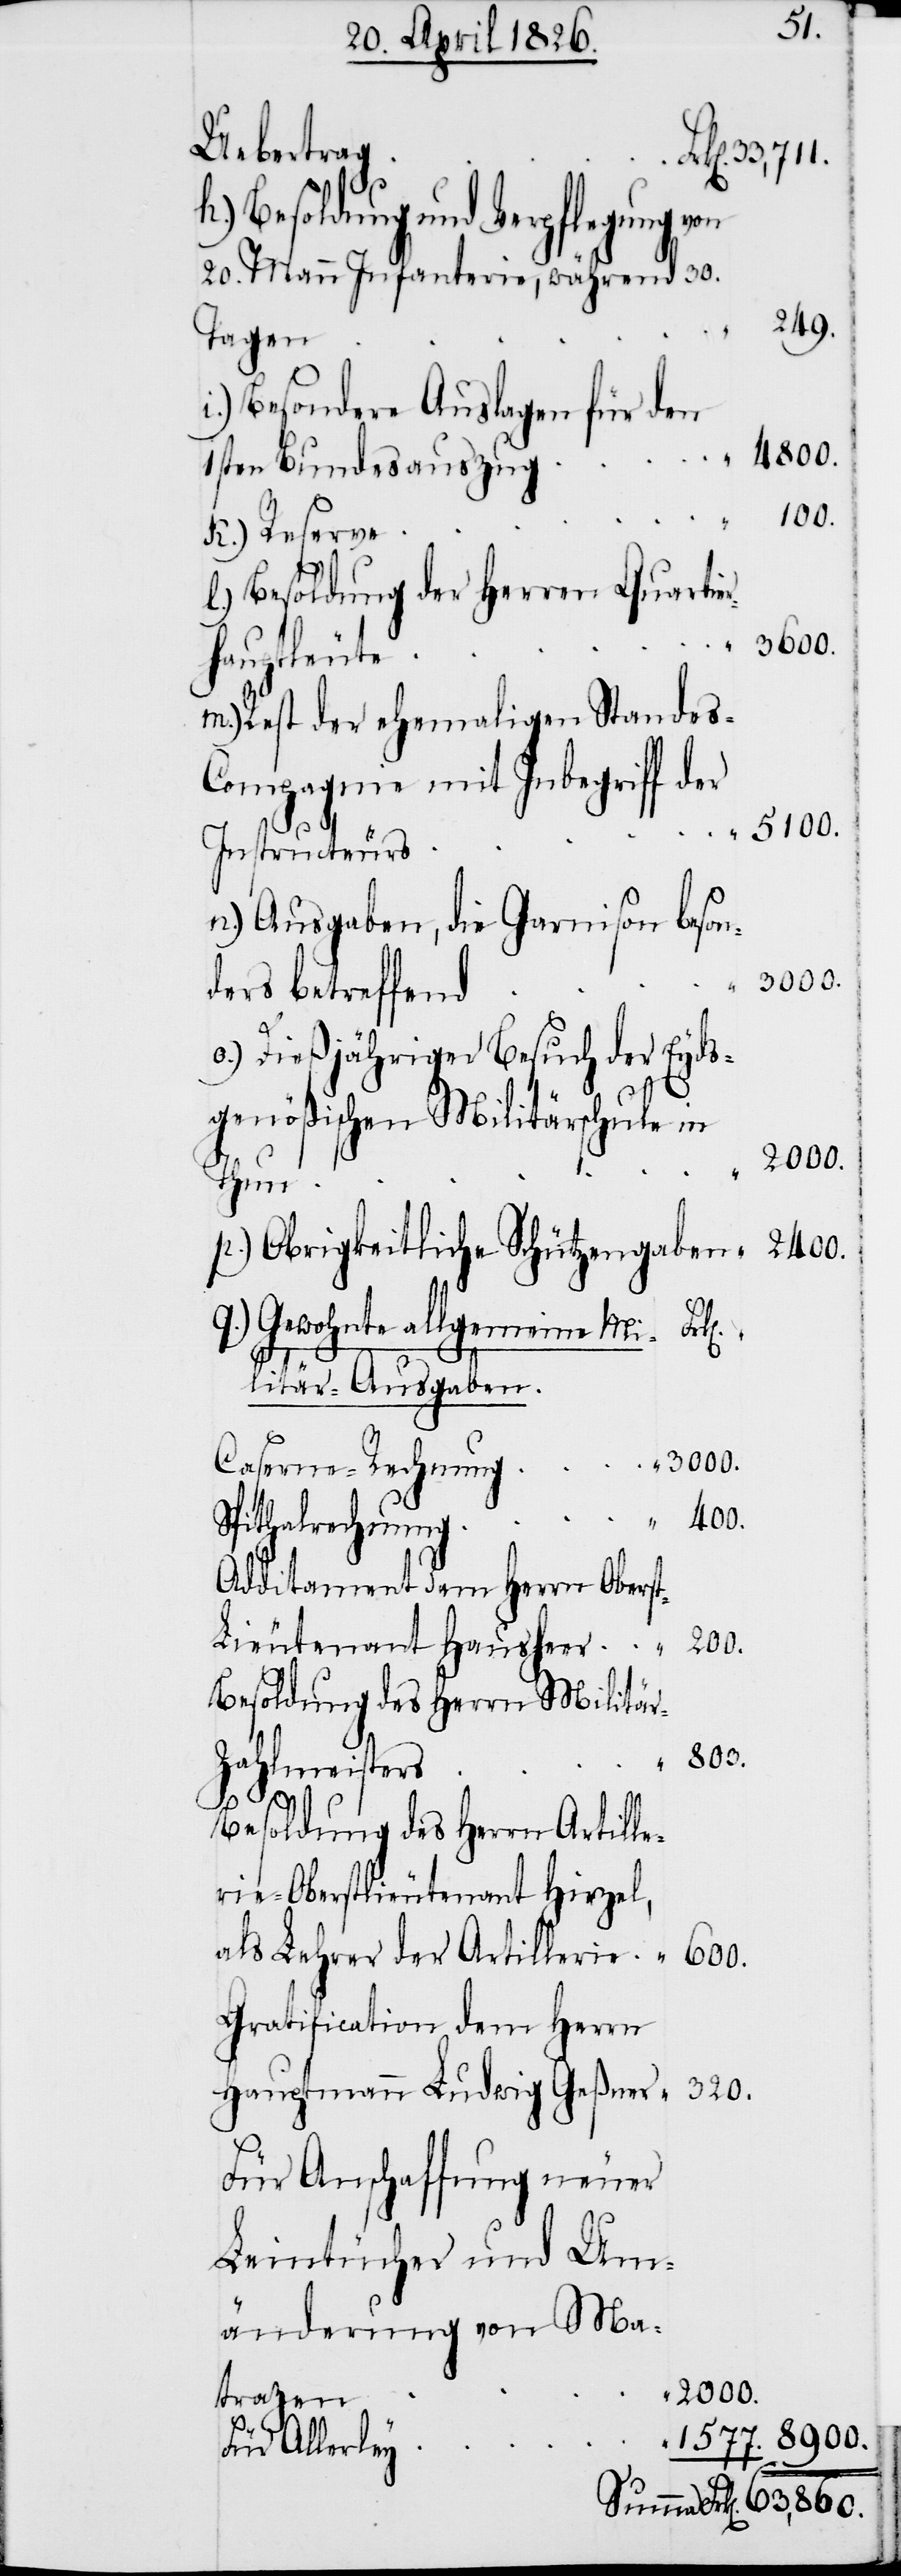
Uebertrag
h.) Besoldung und Verpflegung von
20. Mann Infanterie, während 30.
249.
Tagen
i.) Besondere Auslagen für den
1sten Bundesauszug
k.) Reserve
l.) Besoldung der Herren Quartie¬
hauptleute
m.) Rest der ehemaligen Standes-C¬
ompagnie mit Inbegriff der
5100.
Instructeurs
n.) Ausgaben, die Garnison beson¬
ders betreffend
o.) Dießjähriger Besuch der Eyds¬
genößischen Militärschule in
2000.
Thun
p.) Obrigkeitliche Schützengaben
q.) Gewohnte allgemeine Mi¬
litär-Ausgaben.
Additament dem Herrn Obers¬
t-Lieutenant Hausheer
Besoldung des Herrn Militä¬
r-Zahlmeisters
Besoldung des Herrn Artille¬
rie-Oberstlieutenant Hirzel,
als Lehrer der Artillerie
Gratification dem Herrn
Hauptmann Ludwig Geßner
Für Anschaffung neuer
Leintücher und Um¬
änderung von Ma¬
400.
tratzen
Für Allerley
Summa Frk[en].

r¬